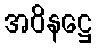
အဝိနဋ္ဌေ